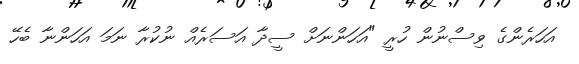
އަހަރެންގެ ވިސްނުން ހުރީ "އަހަންނަށް ސީދާ އަސަރެއް ނުކުރާ ނަމަ އަހަންނާ ބެހޭ